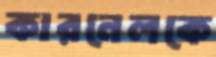
কারনেলকে